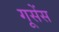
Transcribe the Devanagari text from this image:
गूसेंस